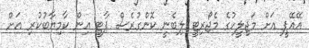
އޭއޭޕީ އަށް މަޖިލީހުގެ މެޖޯރިޓީ ލިބެނީ ކޮންގުރެސް ޕާޓީ އިން ކާމިޔާބުކުރި އަށް